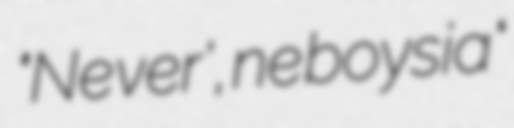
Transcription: "Ne ver', ne boysia"